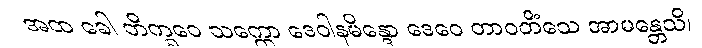
အထ ခေါ ဘိက္ခဝေ သက္ကော ဒေဝါနမိန္ဒော ဒေဝေ တာဝတိံသေ အာမန္တေသိ၊